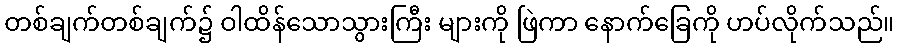
တစ်ချက်တစ်ချက်၌ ဝါထိန်သောသွားကြီး များကို ဖြဲကာ နောက်ခြေကို ဟပ်လိုက်သည်။